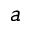
a